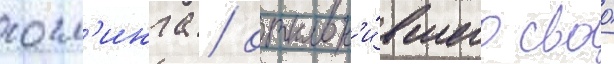
госл'инга / отклон'и́вшего своо́